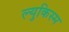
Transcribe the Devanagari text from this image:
ल्युकिस्म